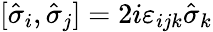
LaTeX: [\hat{\sigma}_{i},\hat{\sigma}_{j}]=2i\varepsilon_{ijk}\hat{\sigma}_{k}